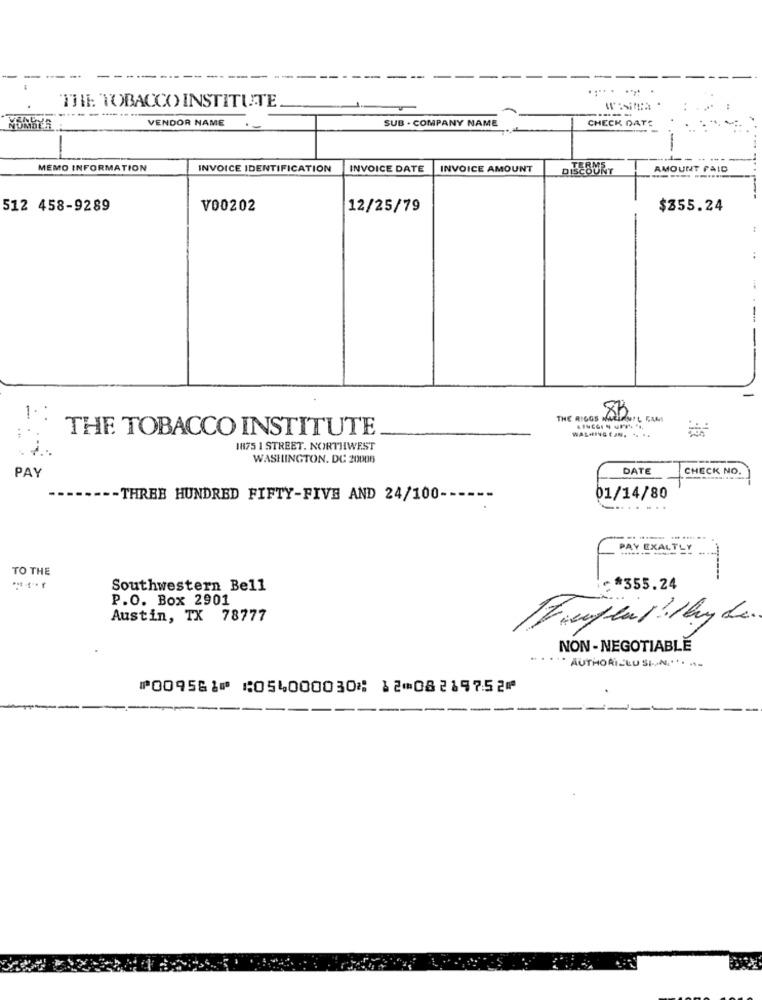
THE TOBACCO INSTITUTE
-
...
...
VENDOR NAME
SUB . COMPANY NAME
CHECK DATE
-
--
MEMO INFORMATION
INVOICE IDENTIFICATION
INVOICE DATE
INVOICE AMOUNT
DISCOUNT
AMOUNT PAID
512 458-9289
V00202
12/25/79
$355.24
-
1.
THE RIGGS AD
THE TOBACCO INSTITUTE
WASHING EJN. .. ..
1875 1 STREET. NORTHWEST
WASHINGTON, DC 20006
PAY
DATE
CHECK NO.
-THREE HUNDRED FIFTY-FIVE AND 24/100 --
01/14/80
..... ...
PAY EXALTLY
TO THE
------
Southwestern Bell
#355.24
P.O. Box 2901
Austin, TX 78777
NON- NEGOTIABLE
* AUTHORICLU SION,"- --
⑈009561⑈ ⑆054000030⑆ 12⑉08219752⑈